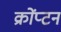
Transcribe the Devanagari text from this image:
क्रोंप्टन